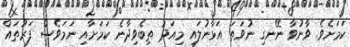
ކަމަށެވެ. ވާނުވާ ނޭނގި ނުވަތަ އަޅާނުލައި މިއަދު ތިބެވިދާނެ ކަމަށާއި ނަމަވެސް ފަރުތައް